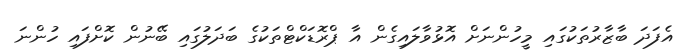
އެފަދަ ބާޒާރުތަކުގައި މީހުންނަށް އޮޅުވާލައިގެން އާ ޕްރޮޑަކްޓްތަކުގެ ބަދަލުގައި ބޭނުން ކޮށްފައި ހުންނަ